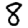
Digit: 8